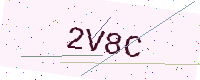
Text: 2V8C